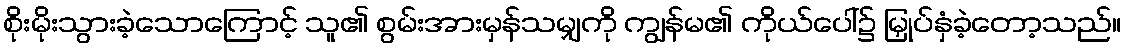
စိုးမိုးသွားခဲ့သောကြောင့် သူ၏ စွမ်းအားမှန်သမျှကို ကျွန်မ၏ ကိုယ်ပေါ်၌ မြှုပ်နှံခဲ့တော့သည်။